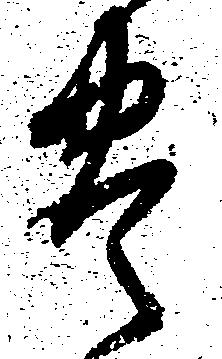
豊